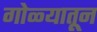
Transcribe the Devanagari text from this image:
गोळ्यातून